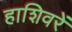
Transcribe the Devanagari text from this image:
हाशिवरें